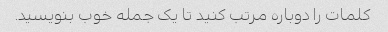
کلمات را دوباره مرتب کنید تا یک جمله خوب بنویسید.